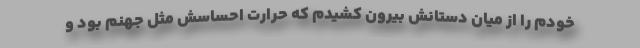
خودم را از میان دستانش بیرون کشیدم که حرارت احساسش مثل جهنم بود و